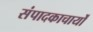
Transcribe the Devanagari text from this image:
संपादकाचार्यों